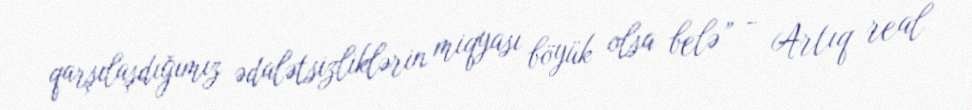
qarşılaşdığımız ədalətsizliklərin miqyası böyük olsa belə” - Artıq real